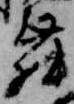
舞